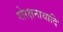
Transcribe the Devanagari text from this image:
गोरक्षनाथादि